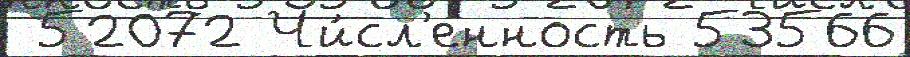
 52072 Чи́сл'енность 53566